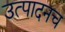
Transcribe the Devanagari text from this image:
उत्पादनच